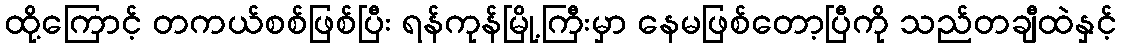
ထို့ကြောင့် တကယ်စစ်ဖြစ်ပြီး ရန်ကုန်မြို့ကြီးမှာ နေမဖြစ်တော့ပြီကို သည်တချီထဲနှင့်